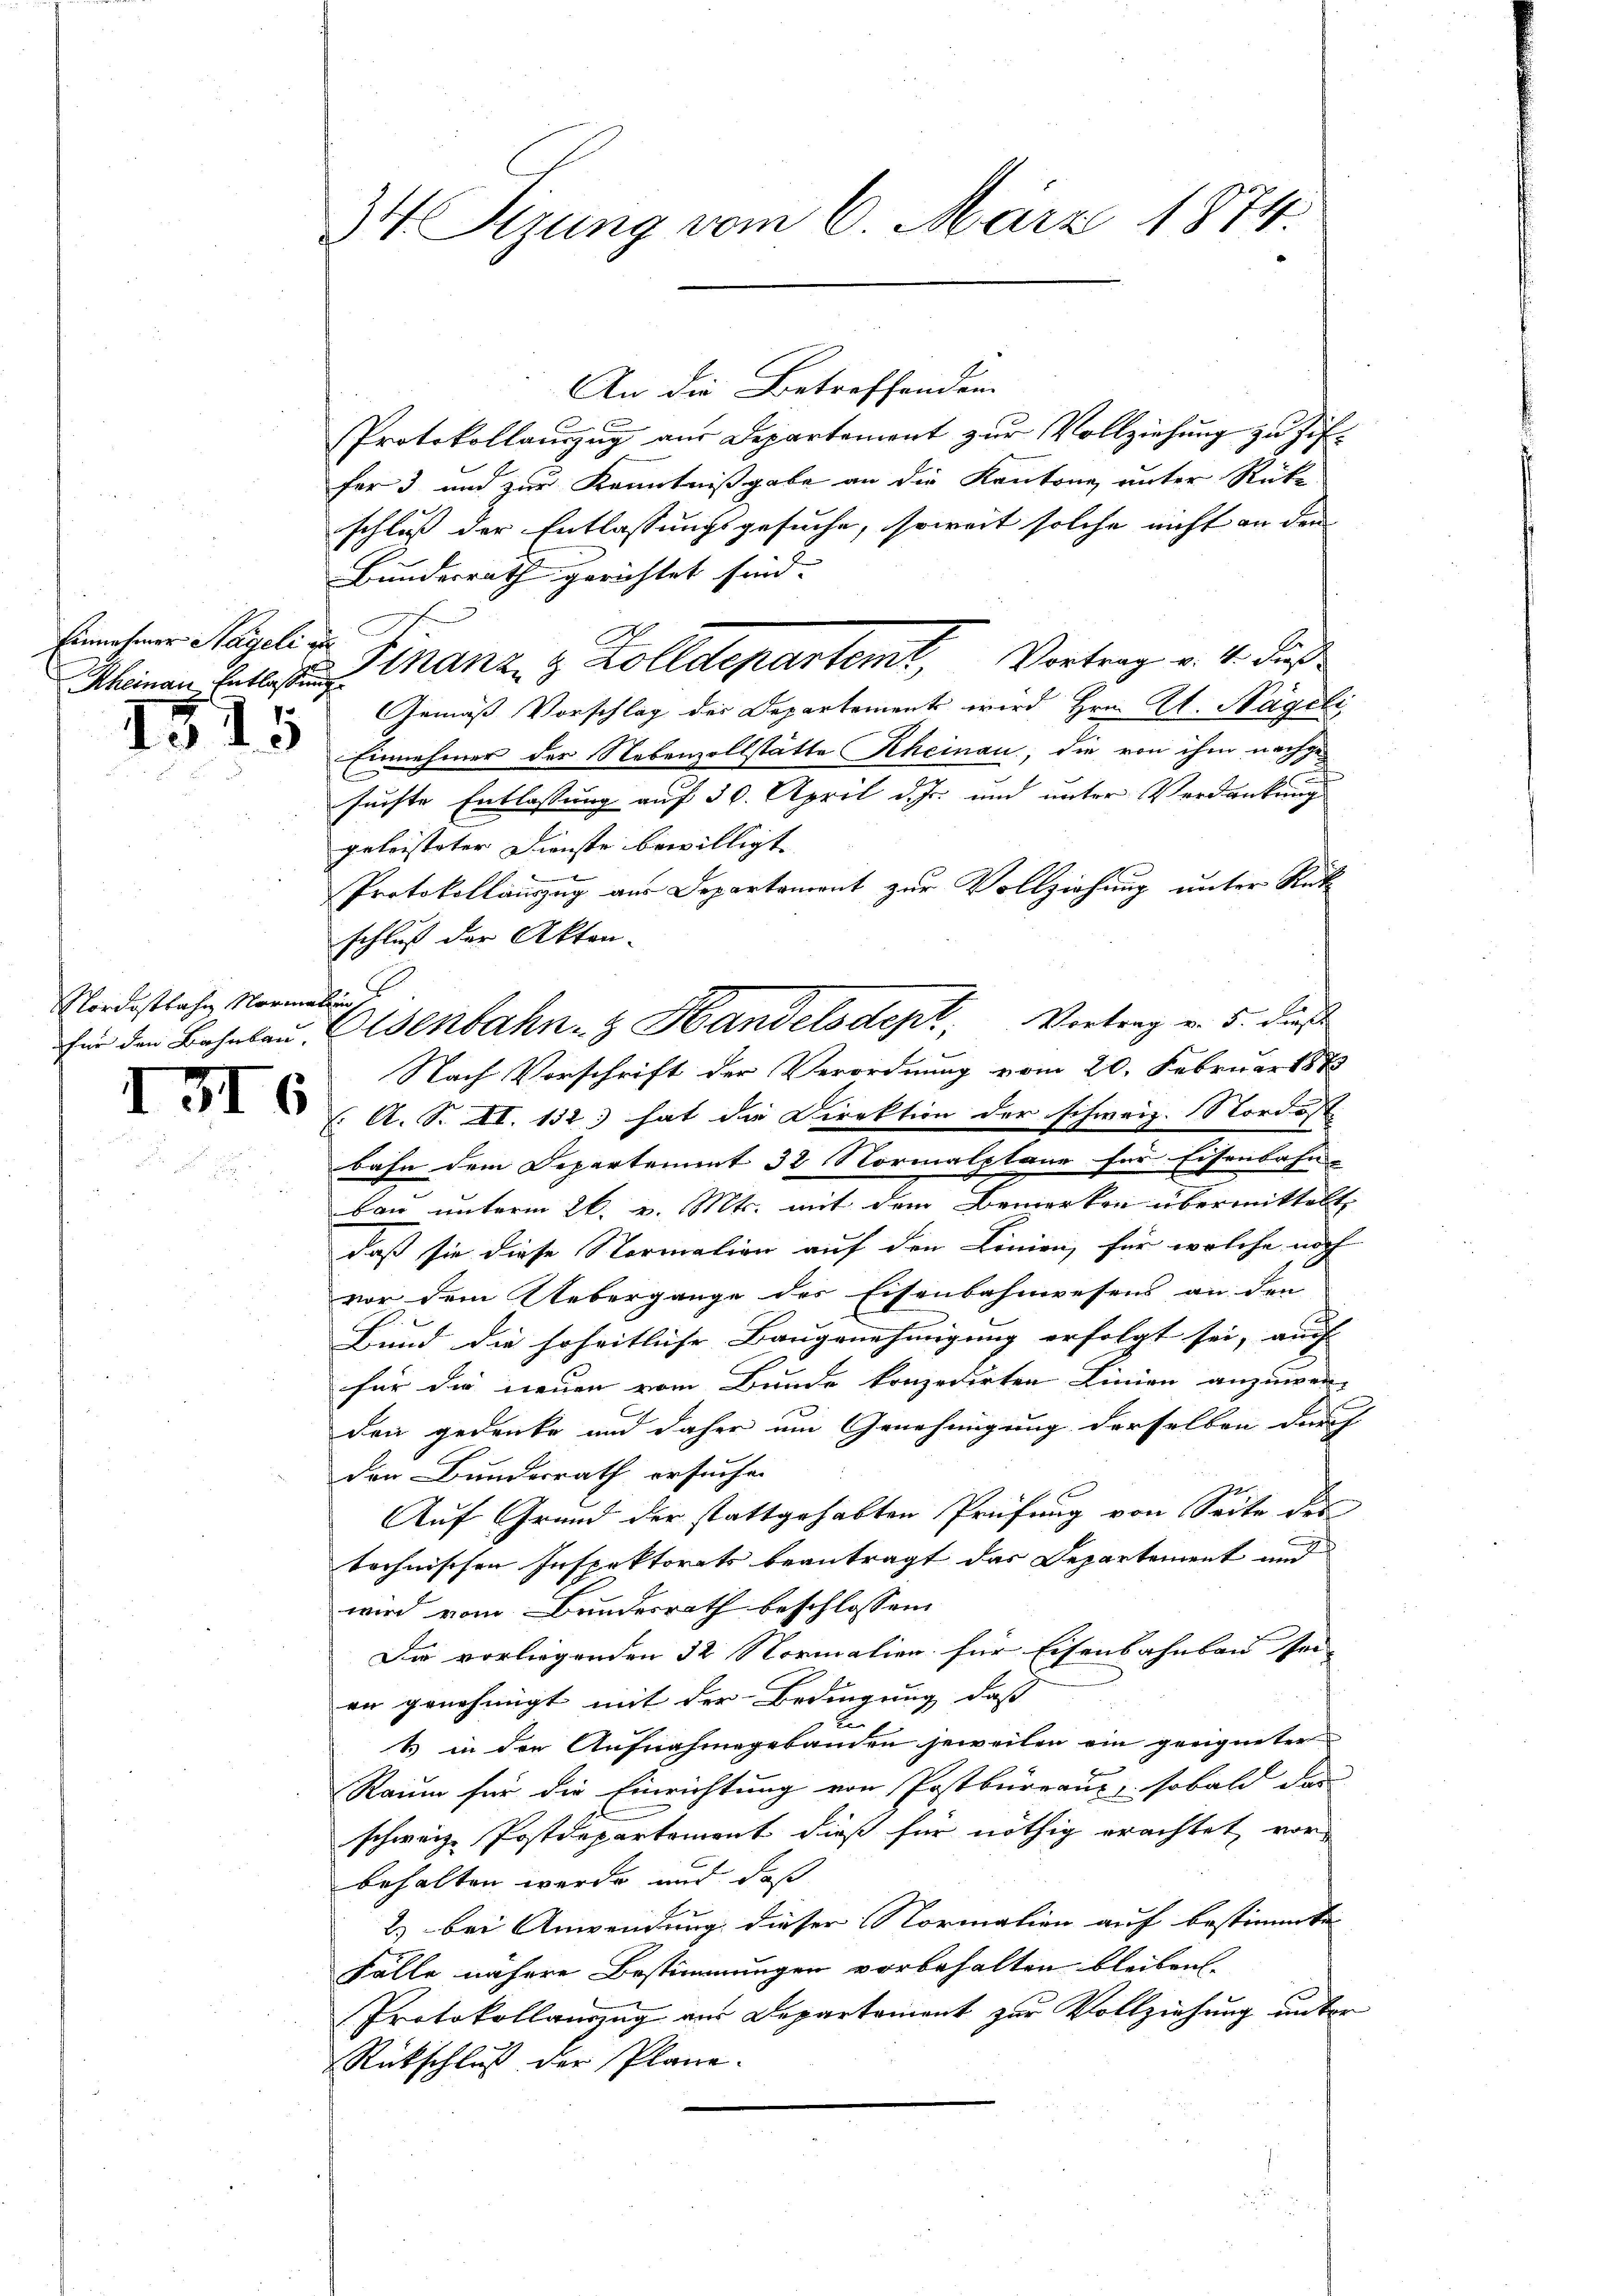
Einnahmer Hageli u

1515

Nordostbahn Normallung

III 6

34 Sizung vom 6. März 1874.

An die Betreffenden
Protokollaŭszŭg aŭs Departement zŭr Vollziehŭng zŭ zif.
fer 3 und zur Kenntnißgabe an die Kantone unter Rücke
schluß der Entlassungsgesuche, soweit solche nicht an den |
Bundesrath gerichtet sind.
Meinen Entlasten Manze & Zolldepartemt, Vortrag v. 4. dieß
Gemäß Vorschlag der Departement wird Hrn. Al. Nageli
Einnahmer der Nebenzollstätte Rheinau, die von ihm nachgesuchte Entlassung auf 30. April d. Js. und unter Verdankung
geleisteter Dienste bewilligt. |
e
Protokollauszug aus Departament zur Vollziehung unter Rück
schluß der Akten-
Nach Vorschrift der Verordnung vom 20. Februar 1883
 A. S. II. 152 hat die Direktion der schweiz. Nordost
bahn dem Departement 32 Normalpläne für Eisenbahn-
bau unterm 26. v. Mts. mit dem Bemerken übermittelt,
daß sie diese Normalien auf den Linien, für welche noch
vor dem Uebergange des Eisenbahnwesens an den
t
Bund die hoheitliche Baugenehmigung erfolgt sei, auch |
für die neuen vom Bunde konzedirten Linien anzuwen-
den gedenke und daher um Genehmigung derselben durch
den Bundesrath ersuchen
Auf Grund der stattgehabten Prüfung von Seite des
technischen Inspektorats beantragt das Departement und
wird vom Bundesrath beschlossen:
Die vorliegenden 32 Normalien für Eisenbahnbau sei-
an genehmigt mit der Bedingung daß
n
& in den Aufnahmegebäuden jeweilen ein geeigneter
Raum für die Einrichtung von Postbüreaus, sobald das
schweiz. Postdepartement dieß für nöthig erachtet vor
behalten werde und daß
2) bei Anwendung dieser Normalien auf bestimmte
Fälle nähere Bestimmungen vorbehalten bleiben.
Protokollauszug aus Departement zur Vollziehung unter
Rückschluß der Plane.

für den Beheben Eisenbahn- & Handelsdept: Vortrag v. 5. dieß